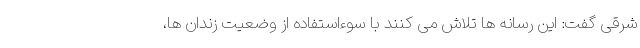
شرقی گفت: این رسانه ها تلاش می کنند با سوءاستفاده از وضعیت زندان ها،